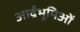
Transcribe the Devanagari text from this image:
आर्द्रभूमिओं